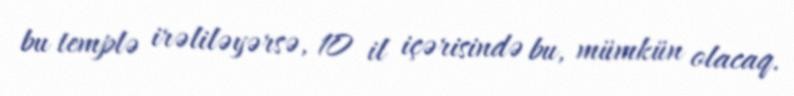
bu templə irəliləyərsə, 10 il içərisində bu, mümkün olacaq.